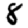
Digit: 8